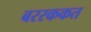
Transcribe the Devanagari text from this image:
बररककत